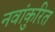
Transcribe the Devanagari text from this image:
नवांकुरित